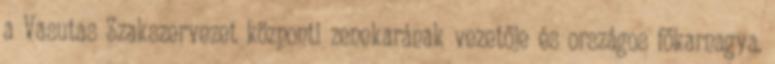
a Vasutas Szakszervezet központi zenekarának vezetője és országos főkarnagya.